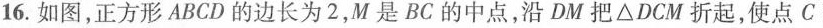
16.如图，正方形A B C D的边长为 2，M是B C的中点，沿D M把△ D C M折起，使点 C